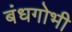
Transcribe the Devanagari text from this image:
बंधगोभी